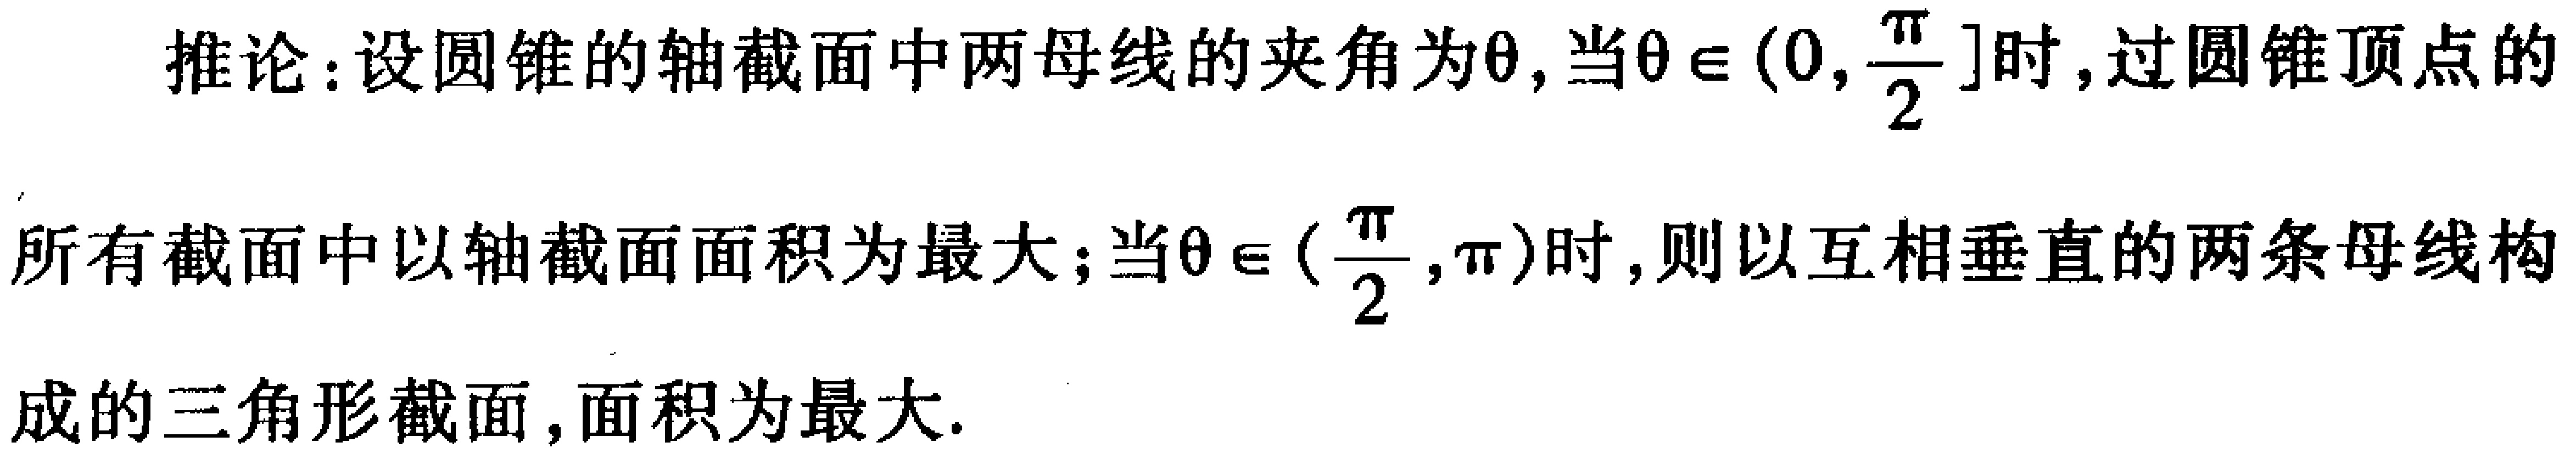
推论：设圆锥的轴截面中两母线的夹角为\(\theta\)，当\(\theta\in(0,\frac{\pi}{2}]\)时，过圆锥顶点的所有截面中以轴截面面积为最大；当\(\theta\in(\frac{\pi}{2},\pi)\)时，则以互相垂直的两条母线构成的三角形截面，面积为最大.